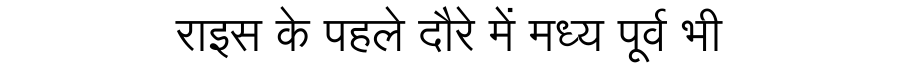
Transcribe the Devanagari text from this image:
राइस के पहले दौरे में मध्य पूर्व भी